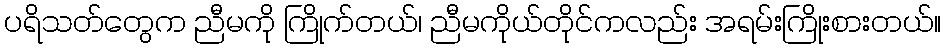
ပရိသတ်တွေက ညီမကို ကြိုက်တယ်၊ ညီမကိုယ်တိုင်ကလည်း အရမ်းကြိုးစားတယ်။